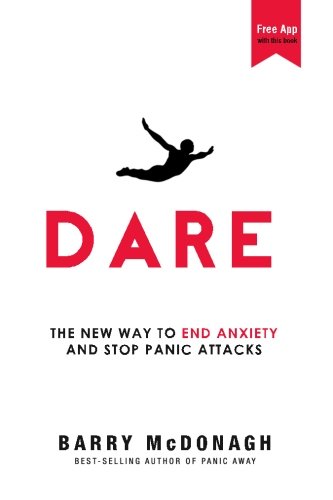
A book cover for Dare: The New Way to End Anxiety and Stop Panic Attacks; Barry McDonagh; Self-Help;